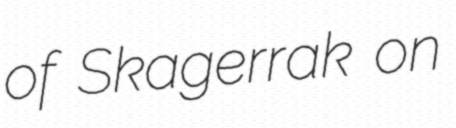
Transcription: of Skagerrak on